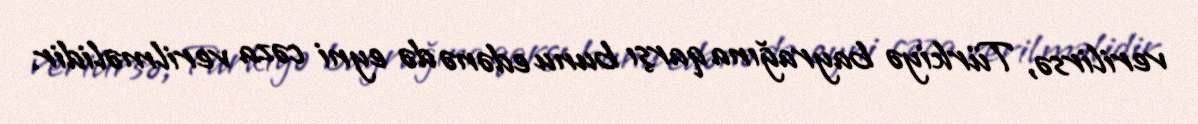
verilirsə, Türkiyə bayrağına qarşı bunu edənə də eyni cəza verilməlidir.